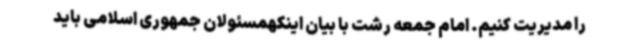
را مدیریت کنیم. امام جمعه رشت با بیان اینکهمسئولان جمهوری اسلامی باید